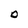
Character: D